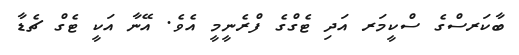
ބާކަރސްގެ ސްކީމަރ އަދި ޓެގްގެ ފްރެނީމީ އެވެ. އޭނާ އަކީ ޓެގް ޗެޑާ